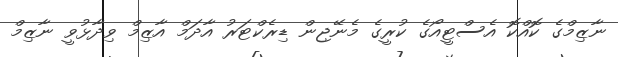
ނާޒިމްގެ ކޮއްކޮ އެސްޓީއޯގެ ކުރީގެ މެނޭޖިން ޑިރެކްޓަރު އާދަމް އާޒިމް ވިދާޅުވީ ނާޒިމް